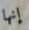
إنها